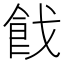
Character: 𩚧